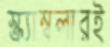
স্ক্র্যাম্বলারই